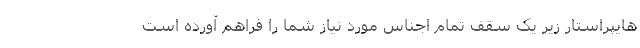
هایپراستار زیر یک سقف تمام اجناس مورد نیاز شما را فراهم آورده است